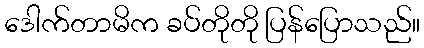
ဒေါက်တာမိက ခပ်တိုတို ပြန်ပြောသည်။